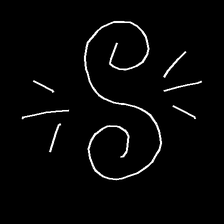
Glyph: wind-directs-air